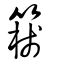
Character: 𥴈